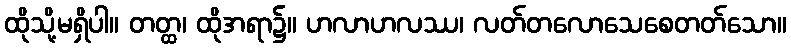
ထိုသို့မရှိပါ။ တတ္ထ၊ ထိုအရာ၌။ ဟလာဟလဿ၊ လတ်တလောသေစေတတ်သော။